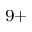
^ { 9 + }